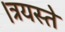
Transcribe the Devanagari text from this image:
।त्रयस्ते